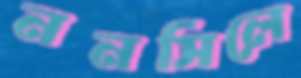
ননসিলে